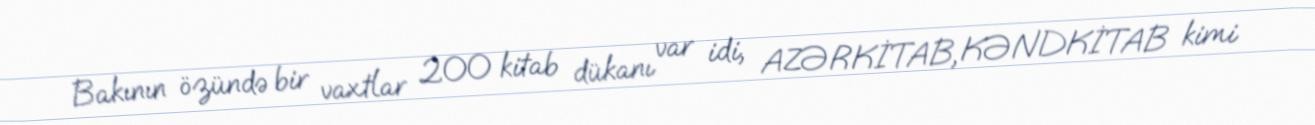
Bakının özündə bir vaxtlar 200 kitab dükanı var idi, AZƏRKİTAB, KƏNDKİTAB kimi